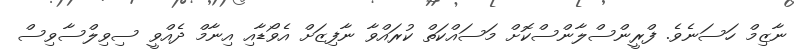
ނާޒިމް ހަސަނެވެ. ފްރީންސްލާންސްކޮށް މަސައްކަތް ކުރައްވާ ނާފިޒަށް އެވޯޑާއި އިނާމް ދެއްވީ ސިވިލްސާވިސް